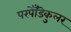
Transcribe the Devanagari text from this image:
परपेँडिकुलर